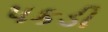
પકડી